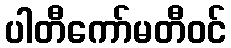
ပါတီကော်မတီဝင်